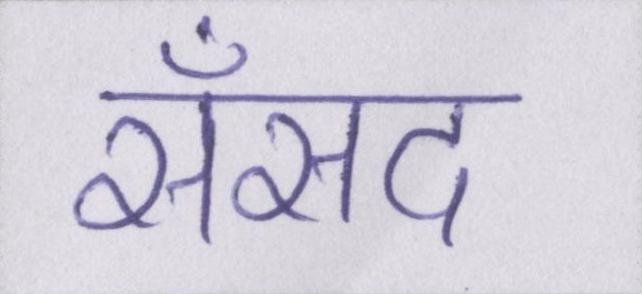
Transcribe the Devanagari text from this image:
सँसद